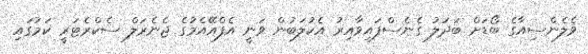
ވެލެންސިއާގެ ބޯޑަށް ބަދަލު ގެނެސްފައިވާއިރު އެކުލަބުން ވަނީ އެފްއޭއެމުގެ ޖެނެރަލް ސެކްރެޓަރީ ކަމުގައި